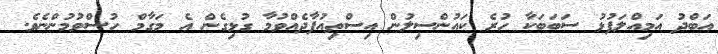
އަބްދު އަމިއްލަފުޅު ސަބަބަކާ ހުރެ ކައުންސިލުން އިސްތިއުފާދެއްވުމާ ގުުޅިގެން އެ މަގާމް ހުސްވުމުންނެވެ.